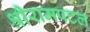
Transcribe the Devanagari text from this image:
श्रीरामपटल